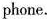
phone.